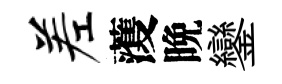
差𮑮晩鑾